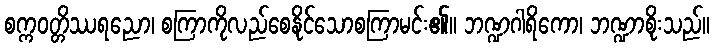
စက္ကဝတ္တိဿရညော၊ စကြာကိုလည်စေနိုင်သောစကြာမင်း၏။ ဘဏ္ဍဂါရိကော၊ ဘဏ္ဍာစိုးသည်။